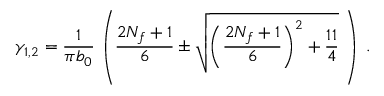
\gamma _ { 1 , 2 } = \frac { 1 } { \pi b _ { 0 } } \, \left( \frac { 2 N _ { f } + 1 } { 6 } \pm \sqrt { \left( \frac { 2 N _ { f } + 1 } { 6 } \right) ^ { 2 } + \frac { 1 1 } { 4 } } \; \right) \; .